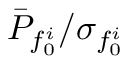
\bar { P } _ { f _ { 0 } ^ { i } } / \sigma _ { f _ { 0 } ^ { i } }